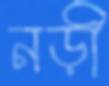
নড়ী